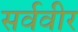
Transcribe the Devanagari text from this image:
सर्ववीर